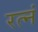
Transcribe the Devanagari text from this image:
रत्नं